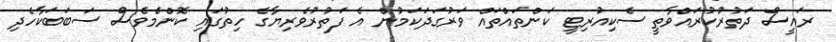
ރައީސް ދަތުރުކުރައްވާތީ ސެކިއުރިޓީ ކަންތައްތައް ވަރުގަދަކަމުން އެ ފަތުރުވެރިޔާގެ ހިތުގައި ކޮންމެވެސް ސަބަބަކާހެދި